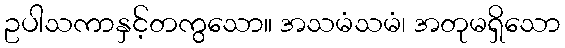
ဥပါသကာနှင့်တကွသော။ အသမံသမံ၊ အတုမရှိသော